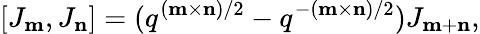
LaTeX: [J_{\mathbf m},J_{\mathbf n}]=(q^{({\mathbf m}\times{\mathbf n})/2}-q^{-({\mathbf m}\times{\mathbf n})/2})J_{{\mathbf m}+{\mathbf n}},